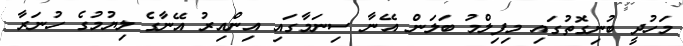
މަހުދީ ބުނިގޮތުގައި މިފިލްމު ބަލަން އޭނާ ސިނަމާގައި އިންއިރު އޭނާގެ ލިޔުމުގެ ހުނަރާ